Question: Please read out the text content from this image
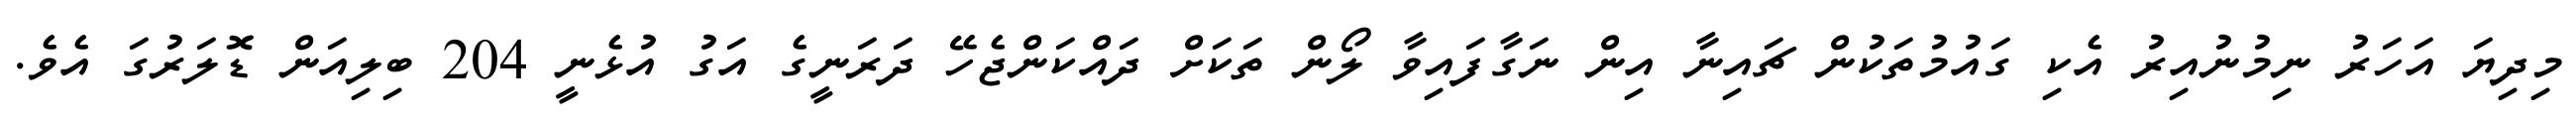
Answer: މިދިޔަ އަހަރު ނިމުނުއިރު އެކި ގައުމުތަކުން ޗައިނާ އިން ނަގާފައިވާ ލޯން ތަކަށް ދައްކަންޖެހޭ ދަރަނީގެ އަގު އުޅެނީ 204 ބިލިއަން ޑޮލަރުގަ އެވެ.